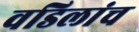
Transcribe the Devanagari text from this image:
वडिलांच